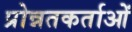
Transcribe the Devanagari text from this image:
प्रोन्नतकर्ताओं